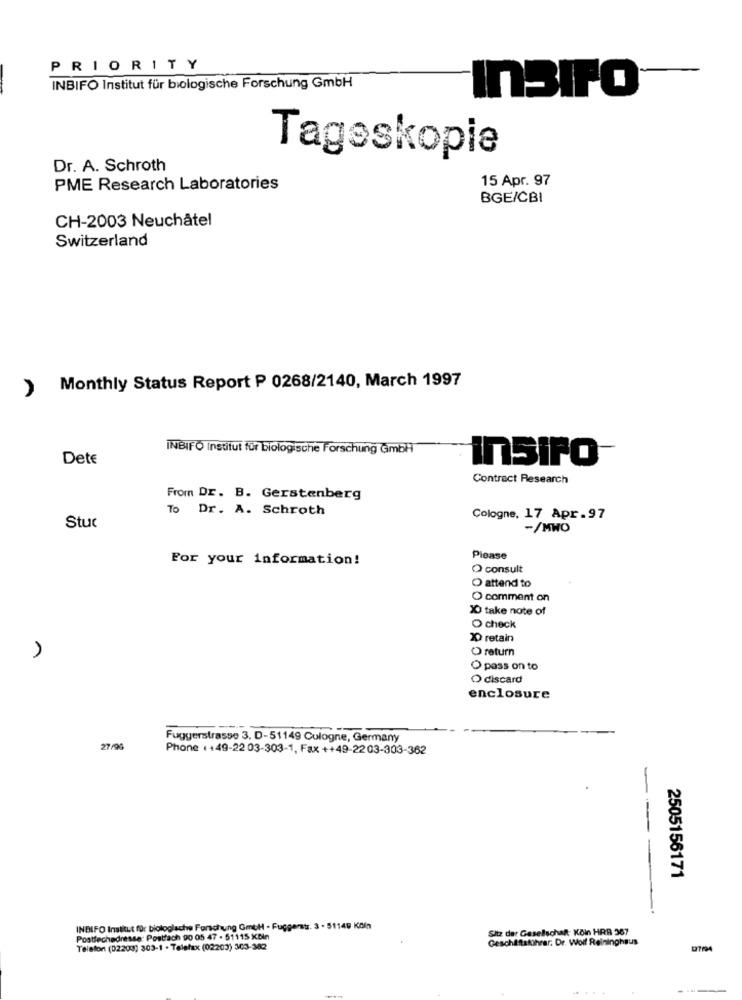
PRIORITY
INBIFO Institut für biologische Forschung GmbH
InBIFO
Tageskopie
Dr. A. Schroth
15 Apr. 97
PME Research Laboratories
BGE/CBI
CH-2003 Neuchâtel
Switzerland
Monthly Status Report P 0268/2140, March 1997
INBIFO institut für biologische Forschung GmbH
DetE
Insiro-
Contract Research
From Dr. B. Gerstenberg
To Dr. A. Schroth
Cologne, 17 Apr.97
Stuc
-/MWO
For your information!
Please
O consult
O attend to
O comment on
X0 take note of
O check
20 retain
O return
O pass on to
O discard
enclosure
Fuggerstrasse 3. D-51149 Cologne, Germany
27/96
Phone : +49-22 03-303-1, Fax ++49-2203-303-362
--
2505156171
INBIFO Institut für biologlache Forschung GmtH - Fuggenstr. 3 . 51149 Köln
Sitz der Gesellschaft Köln HRB 387
Postfechadresse: Postfach 90 05 47 - 51115 XBIn
Geschäftstüihrer. Dr. Wolf Relninghaus
Telefon (02203) 303-1 . Telefax (02203) 303-382
127/94
...